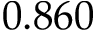
0 . 8 6 0